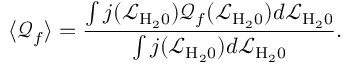
\langle \mathcal { Q } _ { f } \rangle = \frac { \int j ( \mathcal { L } _ { \mathrm { { H _ { 2 } 0 } } } ) \mathcal { Q } _ { f } ( \mathcal { L } _ { \mathrm { { H _ { 2 } 0 } } } ) d \mathcal { L } _ { \mathrm { { H _ { 2 } 0 } } } } { \int j ( \mathcal { L } _ { \mathrm { { H _ { 2 } 0 } } } ) d \mathcal { L } _ { \mathrm { { H _ { 2 } 0 } } } } .